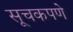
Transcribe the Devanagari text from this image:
सूचकपणे